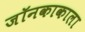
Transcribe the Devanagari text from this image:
जॉनकाकाला